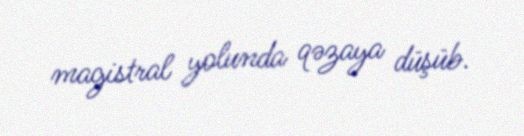
magistral yolunda qəzaya düşüb.